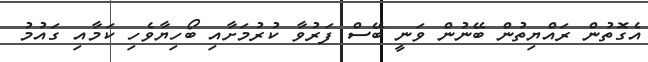
އެގޮތުން ރައްޔިތުން ބޭނުން ވަނީ ބޭސް ފަރުވާ ކުރުމަށާއި ބޯހިޔާވެހި ކަމާއި ގައުމު